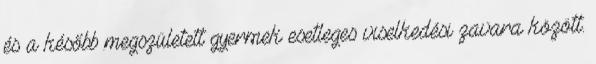
és a később megszületett gyermek esetleges viselkedési zavara között.